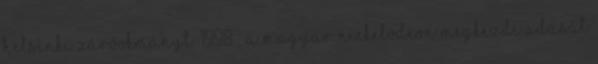
Helsinki Záróokmányt. 1998 – A magyar Nickelodeon megkezdi adását